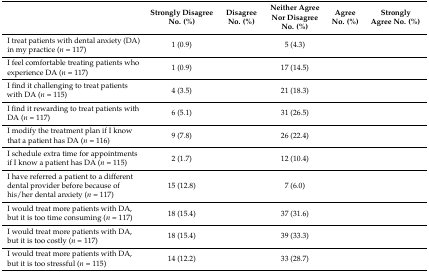
<table><thead><tr><td>[EMPTY_CELL]</td><td><b>Strongly Disagree No. (%)</b></td><td><b>Disagree No. (%)</b></td><td><b>Neither Agree Nor Disagree No. (%)</b></td><td><b>Agree No. (%)</b></td><td><b>Strongly Agree No. (%)</b></td></tr></thead><tbody><tr><td>I treat patients with dental anxiety (DA) in my practice (<i>n</i> = 117)</td><td>1 (0.9)</td><td>[EMPTY_CELL]</td><td>5 (4.3)</td><td>[EMPTY_CELL]</td><td>[EMPTY_CELL]</td></tr><tr><td>I feel comfortable treating patients who experience DA (<i>n</i> = 117)</td><td>1 (0.9)</td><td>[EMPTY_CELL]</td><td>17 (14.5)</td><td>[EMPTY_CELL]</td><td>[EMPTY_CELL]</td></tr><tr><td>I find it challenging to treat patients with DA (<i>n</i> = 115)</td><td>4 (3.5)</td><td>[EMPTY_CELL]</td><td>21 (18.3)</td><td>[EMPTY_CELL]</td><td>[EMPTY_CELL]</td></tr><tr><td>I find it rewarding to treat patients with DA (<i>n</i> = 117)</td><td>6 (5.1)</td><td>[EMPTY_CELL]</td><td>31 (26.5)</td><td>[EMPTY_CELL]</td><td>[EMPTY_CELL]</td></tr><tr><td>I modify the treatment plan if I know that a patient has DA (<i>n</i> = 116)</td><td>9 (7.8)</td><td>[EMPTY_CELL]</td><td>26 (22.4)</td><td>[EMPTY_CELL]</td><td>[EMPTY_CELL]</td></tr><tr><td>I schedule extra time for appointments if I know a patient has DA (<i>n</i> = 115)</td><td>2 (1.7)</td><td>[EMPTY_CELL]</td><td>12 (10.4)</td><td>[EMPTY_CELL]</td><td>[EMPTY_CELL]</td></tr><tr><td>I have referred a patient to a different dental provider before because of his/her dental anxiety (<i>n</i> = 117)</td><td>15 (12.8)</td><td>[EMPTY_CELL]</td><td>7 (6.0)</td><td>[EMPTY_CELL]</td><td>[EMPTY_CELL]</td></tr><tr><td>I would treat more patients with DA, but it is too time consuming (<i>n</i> = 117)</td><td>18 (15.4)</td><td>[EMPTY_CELL]</td><td>37 (31.6)</td><td>[EMPTY_CELL]</td><td>[EMPTY_CELL]</td></tr><tr><td>I would treat more patients with DA, but it is too costly (<i>n</i> = 117)</td><td>18 (15.4)</td><td>[EMPTY_CELL]</td><td>39 (33.3)</td><td>[EMPTY_CELL]</td><td>[EMPTY_CELL]</td></tr><tr><td>I would treat more patients with DA, but it is too stressful (<i>n</i> = 115)</td><td>14 (12.2)</td><td>[EMPTY_CELL]</td><td>33 (28.7)</td><td>[EMPTY_CELL]</td><td>[EMPTY_CELL]</td></tr></tbody></table>